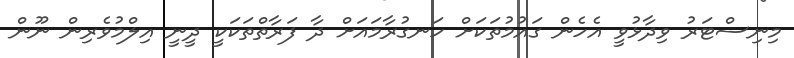
މިނިސްޓަރު ވިދާޅުވީ އެހެން ގައުމުތަކަށް ހަނގުރާމައަށް ދާ ފަރާތްތަކަކީ ދީނީ އިލްމުވެރިން ނޫން